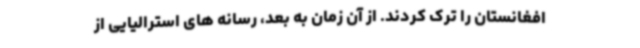
افغانستان را ترک کردند. از آن زمان به بعد، رسانه های استرالیایی از